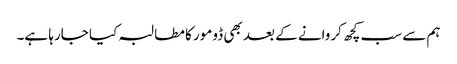
ہم سے سب کچھ کروانے کے بعد بھی ڈومور کا مطالبہ کیا جارہا ہے۔